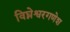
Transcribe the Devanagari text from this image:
विघ्नेश्वरगणेश